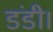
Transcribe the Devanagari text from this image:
डंडी।